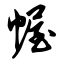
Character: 幄